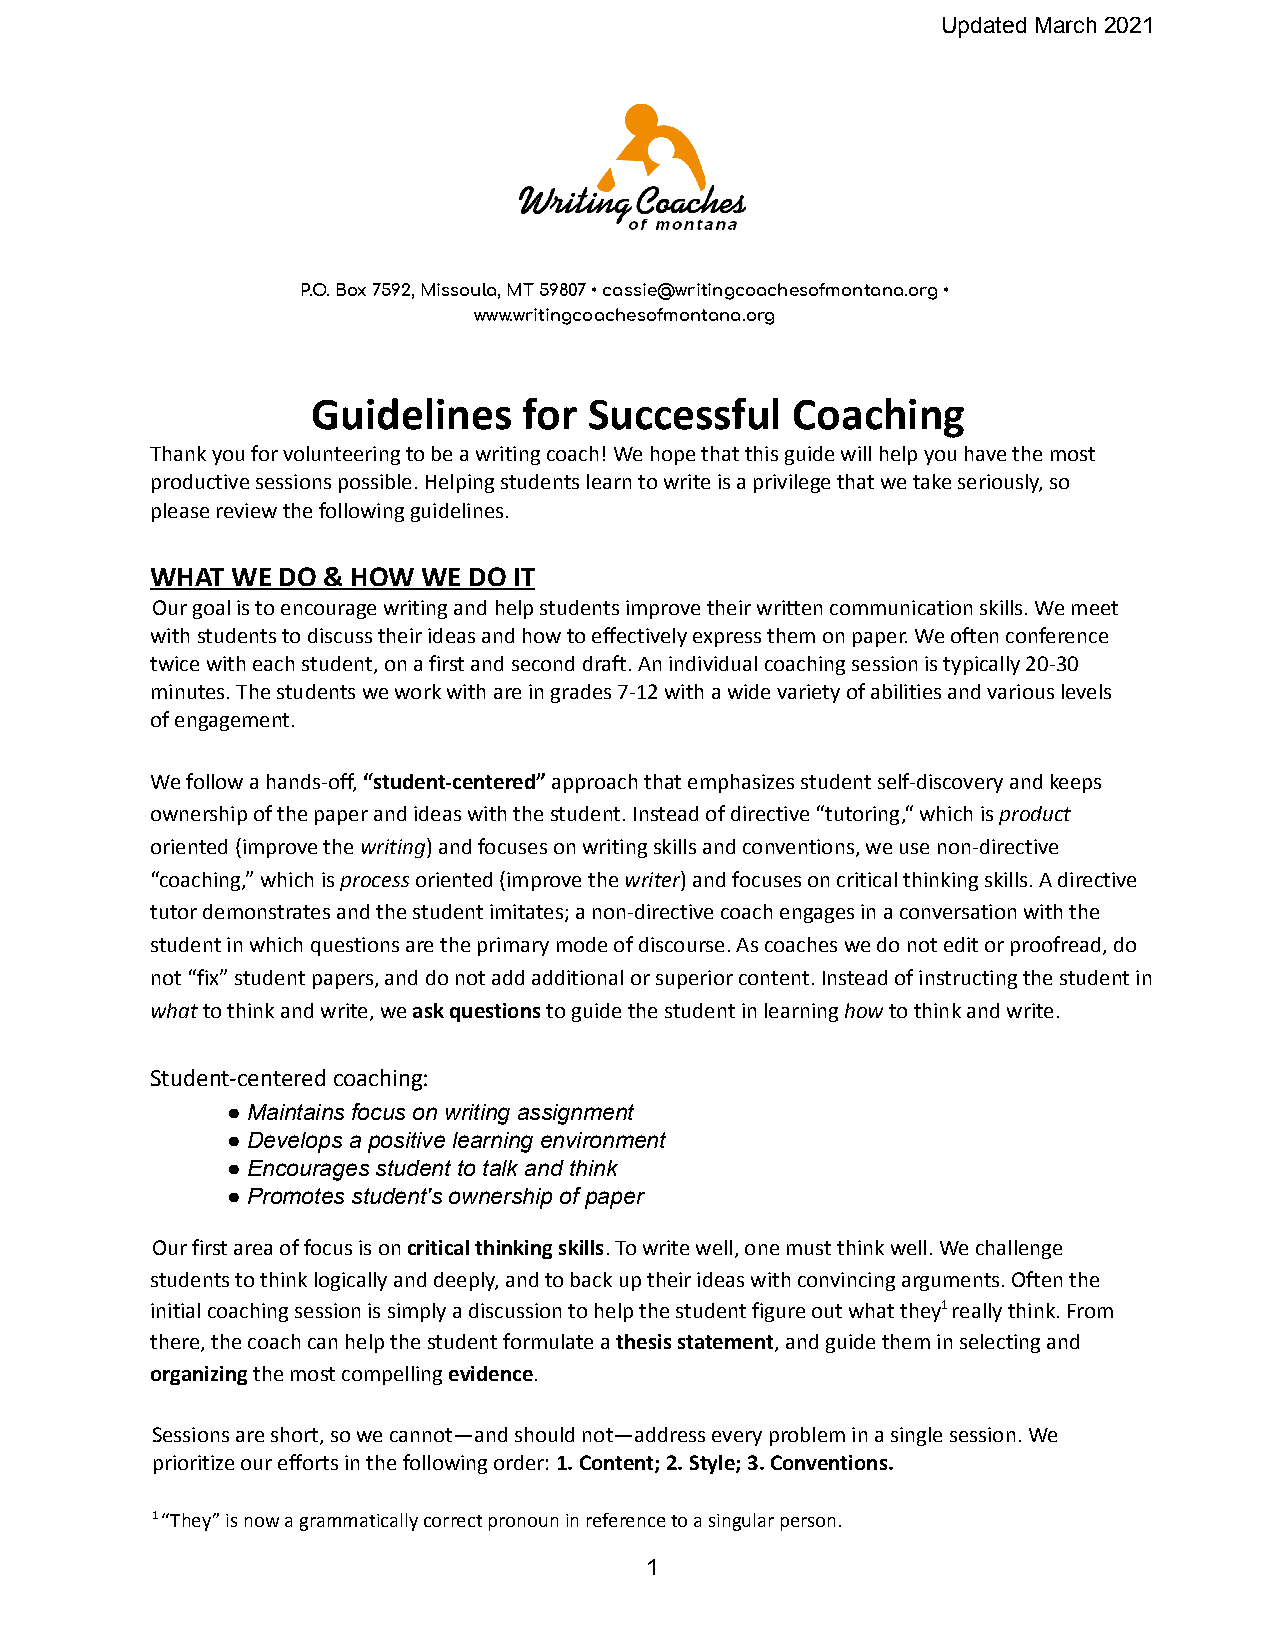
Updated March 2021
 P.O. Box 7592, Missoula, MT 59807 • cassie@writingcoachesofmontana.org•
 www.writingcoachesofmontana.org
 Guidelines    for Successful   Coaching
 Thank you for volunteering to be a writing coach!We hope that this guide will help you have the most
 productive sessions possible. Helping students learnto write is a privilege that we take seriously, so
 please review the following guidelines.
 WHAT WE DO & HOW  WE DO IT
 Our goal is to encourage writing and help studentsimprove their written communication skills. We meet
 with students to discuss their ideas and how to effectivelyexpress them on paper. We often conference
 twice with each student, on a first and second draft.An individual coaching session is typically 20-30
 minutes. The students we work with are in grades 7-12with a wide variety of abilities and various levels
 of engagement.
 We follow a hands-off,“student-centered”approachthat emphasizes student self-discovery and keeps
 ownership of the paper and ideas with the student.Instead of directive “tutoring,“ which isproduct
 oriented (improve thewriting) and focuses on writingskills and conventions, we use non-directive
 “coaching,” which isprocessoriented (improve thewriter) and focuses on critical thinking skills.A directive
 tutor demonstrates and the student imitates; a non-directivecoach engages in a conversation with the
 student in which questions are the primary mode ofdiscourse. As coaches we do not edit or proofread,do
 not “fix” student papers, and do not add additionalor superior content. Instead of instructing the studentin
 whatto think and write, weask questionsto guidethe student in learninghowto think and write.
 Student-centered coaching:
 ● Maintains focus on writing assignment
 ● Develops a positive learning environment
 ● Encourages student to talk and think
 ● Promotes student's ownership of paper
 Our first area of focus is oncritical thinking skills.To write well, one must think well. We challenge
 students to think logically and deeply, and to backup their ideas with convincing arguments. Often the
 initial coaching session is simply a discussion tohelp the student figure out what they1really think.From
 there, the coach can help the student formulate athesis statement, and guide them in selecting and
 organizingthe most compellingevidence.
 Sessions are short, so we cannot—and should not—addressevery problem in a single session. We
 prioritize our efforts in the following order:1.Content; 2. Style; 3. Conventions.
 1“They” is now a grammatically correct pronoun inreference to a singular person.
 1